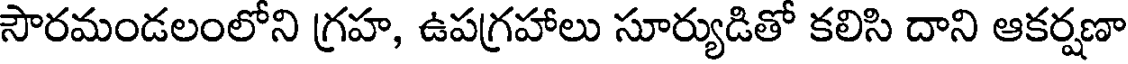
సౌరమండలంలోని గ్రహ, ఉపగ్రహాలు సూర్యుడితో కలిసి దాని ఆకర్షణా